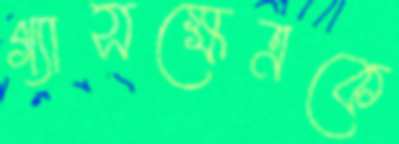
গ্যাসক্ষেত্রকে